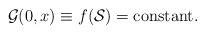
\begin{align*}{\cal G}(0,x) \equiv f({\cal S})=\mbox{constant}.\end{align*}